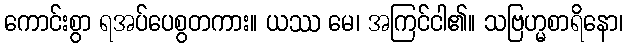
ကောင်းစွာ ရအပ်ပေစွတကား။ ယဿ မေ၊ အကြင်ငါ၏။ သဗြဟ္မစာရိနော၊